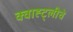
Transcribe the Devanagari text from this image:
क्वाह्ट्लीचे